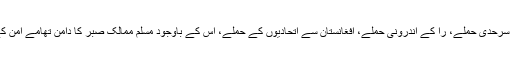
سعودی عرب پر ڈرون حملے اور پاکستان پر مسلسل انڈیا کے چھوٹے پیمانے پر سرحدی حملے، را کے اندرونی حملے، افغانستان سے اتحادیوں کے حملے، اس کے باوجود مسلم ممالک صبر کا دامن تھامے امن کے پیغامبر بن کر کھڑے ہیں کہ شاید پر امن طریقوں سے یہ مسائل حل ہو جائیں ۔